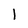
Character: l